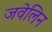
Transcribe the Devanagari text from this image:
जवेलिन